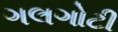
ગલગોટી